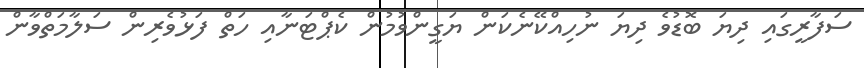
ސަފާރީގައި ދިޔަ ބޮޑުވެ ދިޔަ ނުހިއްކޭނެކަން ޔަގީންވުމުން ކެޕްޓަނާއި ހަތް ފަޅުވެރިން ސަލާމަތްވާން